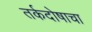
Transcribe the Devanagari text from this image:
तर्कदोषाचा